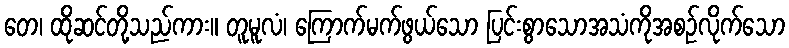
တေ၊ ထိုဆင်တို့သည်ကား။ တူမူလံ၊ ကြောက်မက်ဖွယ်သော ပြင်းစွာသောအသံကိုအစဉ်လိုက်သော